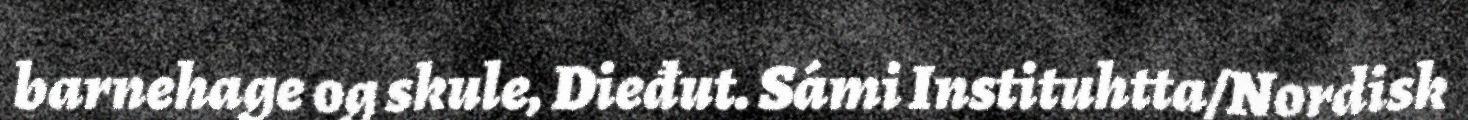
barnehage og skule, Dieđut. Sámi Instituhtta/Nordisk